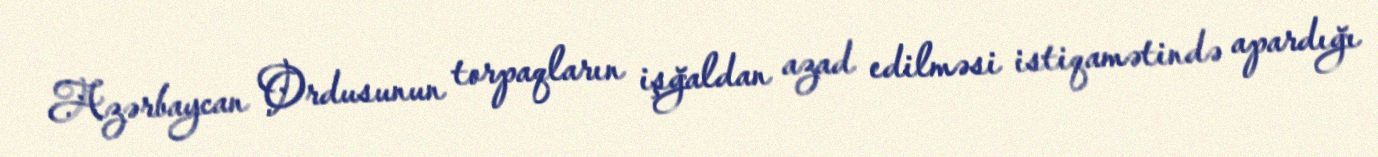
Azərbaycan Ordusunun torpaqların işğaldan azad edilməsi istiqamətində apardığı